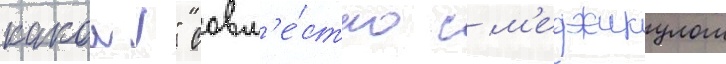
какои!" совм'е́стно с м'еджикулом